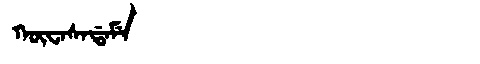
Manchu: ᡴᡡᠸᠠᠰᠠᡩᠠᠮᡝ
Romanization: KŪWASADAME